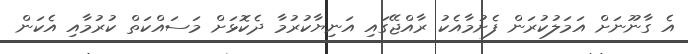
އެ ގާނޫނަށް އަމަލުކުރަން ފެށުމާއެކު ރާއްޖޭގައި އަނިޔާކުރުމާ ދެކޮޅަށް މަސައްކަތް ކުރުމާއި އެކަން